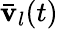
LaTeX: \bar{\mathbf v}_{l}(t)